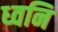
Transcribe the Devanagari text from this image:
ध्‍वनि